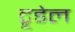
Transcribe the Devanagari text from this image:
ट्रूडेल